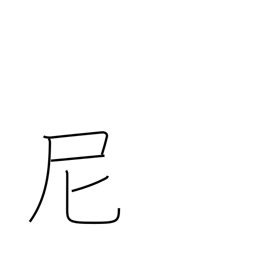
Meaning: nun